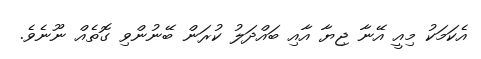
އެކަމަކު މިއީ އޭނާ ޖިޔާ އާއި ބައްދަލު ކުރަން ބޭނުންވި ގޮތެއް ނޫނެވެ.